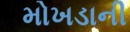
મોખડાની